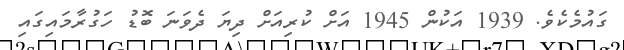
ގައުމެކެވެ. 1939 އަކުން 1945 އަށް ކުރިއަށް ދިޔަ ދެވަނަ ބޮޑު ހަގުރާމައިގައި